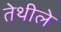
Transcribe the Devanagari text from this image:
तेथीले